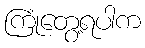
ကြုံတွေ့ရပါက